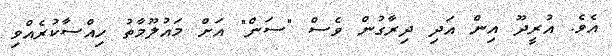
އެވެ. އުރީދޫ އިން އަދި ދިރާގުން ވެސް "ސަން" އަށް މައުލޫމާތު ހިއްސާކުރެއްވި